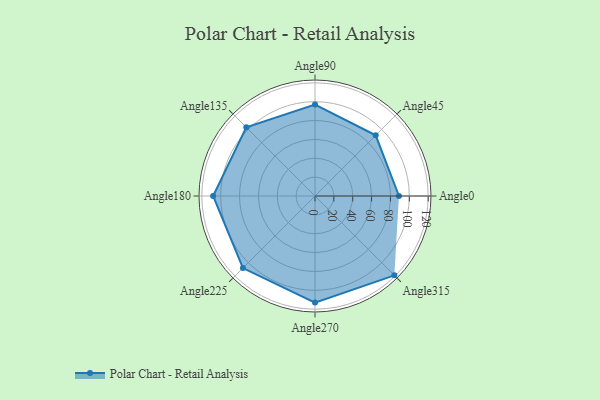
{"axis": {"x": "Angle", "y": "Radius"}, "legend": [""], "data": [{"x": "Angle0", "y": 89.0, "type": ""}, {"x": "Angle45", "y": 91.0, "type": ""}, {"x": "Angle90", "y": 97.0, "type": ""}, {"x": "Angle135", "y": 103.0, "type": ""}, {"x": "Angle180", "y": 108.0, "type": ""}, {"x": "Angle225", "y": 108.0, "type": ""}, {"x": "Angle270", "y": 113.0, "type": ""}, {"x": "Angle315", "y": 119.0, "type": ""}]}